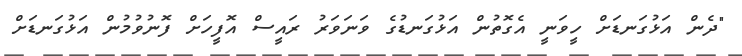
"ދެން އަޅުގަނޑަށް ހީވަނީ އެގޮތުން އަޅުގަނޑުގެ ވަނަވަރު ރައީސް އޮފީހަށް ފޮނުވުމުން އަޅުގަނޑަށް